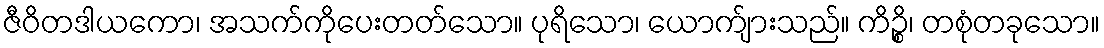
ဇီဝိတဒါယကော၊ အသက်ကိုပေးတတ်သော။ ပုရိသော၊ ယောက်ျားသည်။ ကိဉ္စိ၊ တစုံတခုသော။